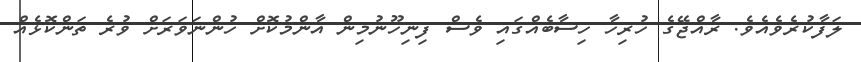
ލަފާކުރެވެއެވެ. ރާއްޖޭގެ ހުރިހާ ހިސާބެއްގައި ވެސް ފިނިހޫނުމިން އާންމުކޮށް ހުންނަވަރަށް ވުރެ ތަންކޮޅެއް